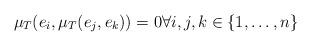
LaTeX: \begin{align*}\mu_T(e_i,\mu_T(e_j,e_k))=0 \forall i,j,k \in \{1,\ldots,n\}\end{align*}